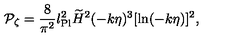
{ \cal P } _ { \zeta } = { \frac { 8 } { \pi ^ { 2 } } } l _ { \mathrm { P l } } ^ { 2 } \widetilde { H } ^ { 2 } ( - k \eta ) ^ { 3 } [ \ln ( - k \eta ) ] ^ { 2 } ,